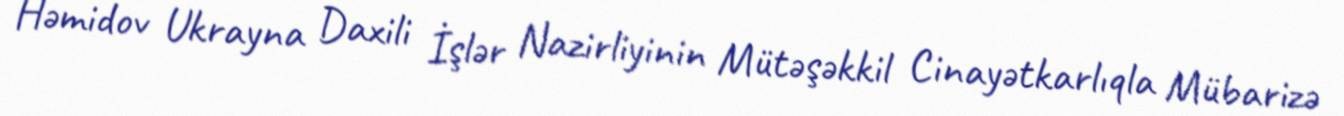
Həmidov Ukrayna Daxili İşlər Nazirliyinin Mütəşəkkil Cinayətkarlıqla Mübarizə